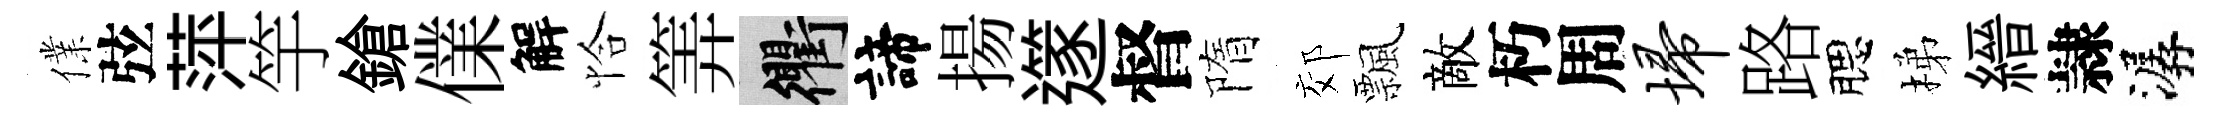
㒒弦萍竽鎗㒒解恰筭衢諦揚𨗹督隋郊飄敵朽周埽路腮梯縉隷潺